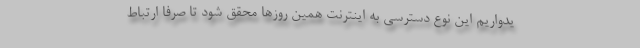
یدواریم این نوع دسترسی به اینترنت همین روزها محقق شود تا صرفا ارتباط